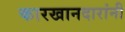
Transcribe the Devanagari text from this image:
कारखानदारांनी